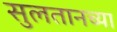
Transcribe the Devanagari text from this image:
सुलतानच्या